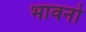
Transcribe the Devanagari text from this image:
भावनो